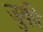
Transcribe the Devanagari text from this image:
जुकी